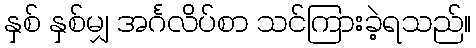
နှစ် နှစ်မျှ အင်္ဂလိပ်စာ သင်ကြားခဲ့ရသည်။